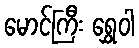
မောင်ကြီး ရွှေဝါ